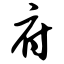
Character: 府